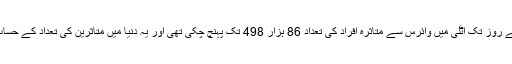
خیال رہے کہ جمعے کے روز تک اٹلی میں وائرس سے متاثرہ افراد کی تعداد 86 ہزار 498 تک پہنچ چکی تھی اور یہ دنیا میں متاثرین کی تعداد کے حساب سے دوسرے نمبر تھا۔